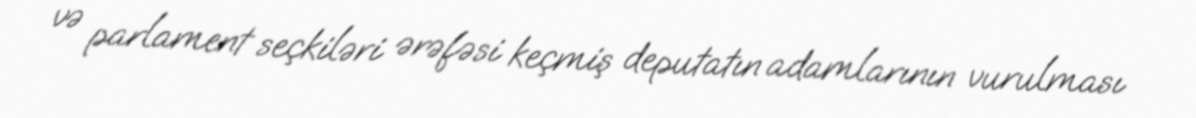
və parlament seçkiləri ərəfəsi keçmiş deputatın adamlarının vurulması